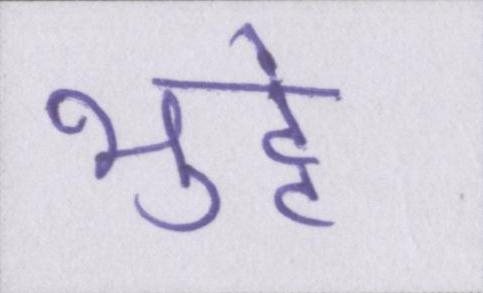
भुट्टे